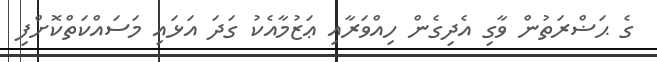
ގެ ޙަޟްރަތުން ވާގި އެދިގެން ހިއްވަރާއި ޢަޒުމާއެކު ގަދަ އަޅައި މަސައްކަތްކޮށްފި